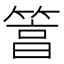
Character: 䈞